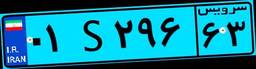
۷۲S۴۱۱۱۷